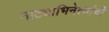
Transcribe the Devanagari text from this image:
नाट्याभिनेत्यांची